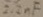
Text: 2.2µF